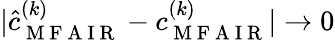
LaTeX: |\hat{c}_{\mathrm{~M~F~A~I~R~}}^{(k)}-c_{\mathrm{~M~F~A~I~R~}}^{(k)}|\to 0